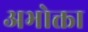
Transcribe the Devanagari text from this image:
अभोक्ता